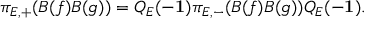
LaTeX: \pi _ { E , + } ( B ( f ) B ( g ) ) = Q _ { E } ( - { \bf 1 } ) \pi _ { E , - } ( B ( f ) B ( g ) ) Q _ { E } ( - { \bf 1 } ) .